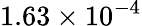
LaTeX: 1.63\times 10^{-4}